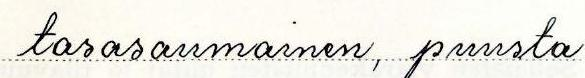
tasasaumainen, puusta